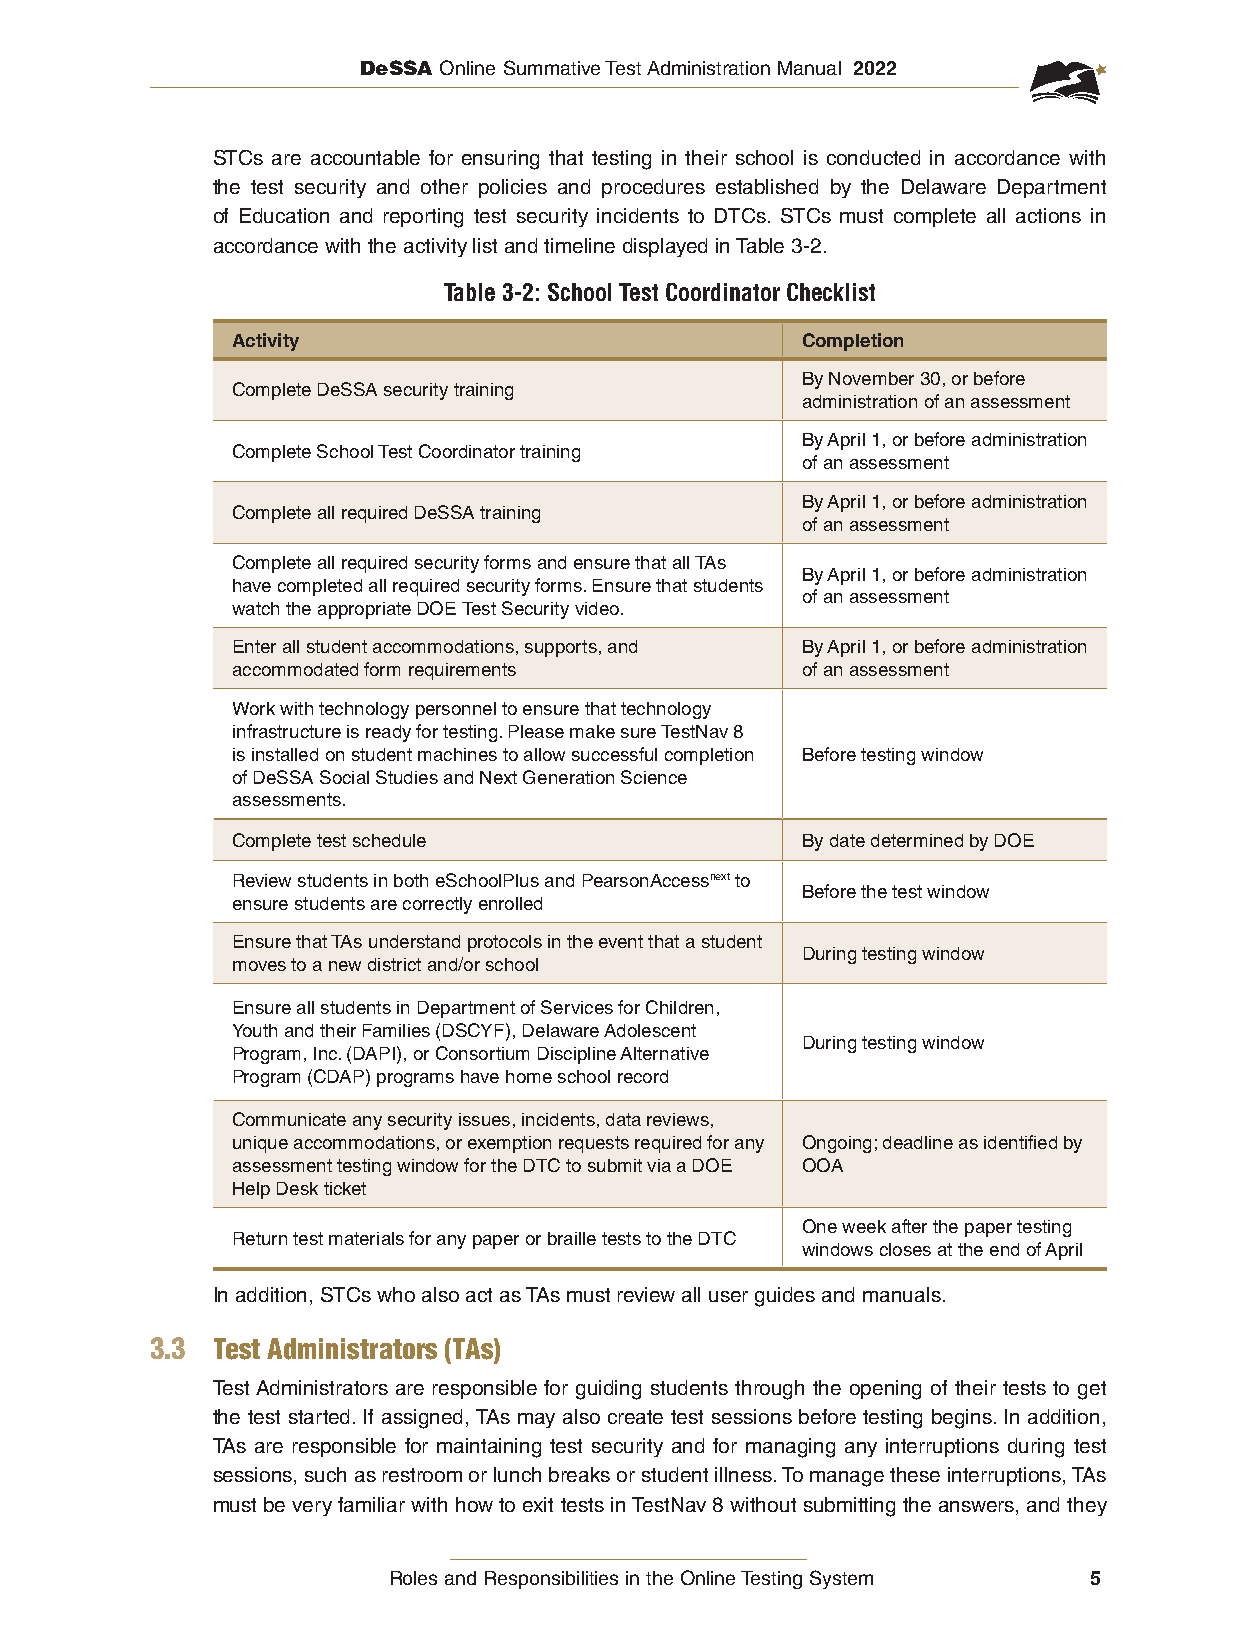
DeSSA Online Summative Test Administration Manual 2022
 STCs are accountable for ensuring that testing in their school is conducted in accordance with
 the test security and other policies and procedures established by the Delaware Department
 of Education and reporting test security incidents to DTCs. STCs must complete all actions in
 accordance with the activity list and timeline displayed in Table 3-2.
 Table 3-2: School Test Coordinator Checklist
 Activity                              Completion
 By November 30, or before
 Complete DeSSA security training
 administration of an assessment
 By April 1, or before administration
 Complete School Test Coordinator training
 of an assessment
 By April 1, or before administration
 Complete all required DeSSA training
 of an assessment
 Complete all required security forms and ensure that all TAs
 By April 1, or before administration
 have completed all required security forms. Ensure that students
 of an assessment
 watch the appropriate DOE Test Security video.
 Enter all student accommodations, supports, and By April 1, or before administration
 accommodated form requirements        of an assessment
 Work with technology personnel to ensure that technology
 infrastructure is ready for testing. Please make sure TestNav 8
 is installed on student machines to allow successful completion Before testing window
 of DeSSA Social Studies and Next Generation Science
 assessments.
 Complete test schedule                By date determined by DOE
 Review students in both eSchoolPlus and PearsonAccessnext to
 Before the test window
 ensure students are correctly enrolled
 Ensure that TAs understand protocols in the event that a student
 During testing window
 moves to a new district and/or school
 Ensure all students in Department of Services for Children,
 Youth and their Families (DSCYF), Delaware Adolescent
 During testing window
 Program, Inc. (DAPI), or Consortium Discipline Alternative
 Program (CDAP) programs have home school record
 Communicate any security issues, incidents, data reviews,
 unique accommodations, or exemption requests required for any Ongoing; deadline as identified by
 assessment testing window for the DTC to submit via a DOE OOA
 Help Desk ticket
 One week after the paper testing
 Return test materials for any paper or braille tests to the DTC
 windows closes at the end of April
 In addition, STCs who also act as TAs must review all user guides and manuals.
 3.3 Test Administrators (TAs)
 Test Administrators are responsible for guiding students through the opening of their tests to get
 the test started. If assigned, TAs may also create test sessions before testing begins. In addition,
 TAs are responsible for maintaining test security and for managing any interruptions during test
 sessions, such as restroom or lunch breaks or student illness. To manage these interruptions, TAs
 must be very familiar with how to exit tests in TestNav 8 without submitting the answers, and they
 Roles and Responsibilities in the Online Testing System 5